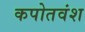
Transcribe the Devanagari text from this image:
कपोतवंश